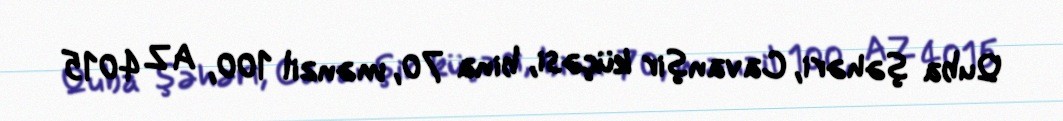
Quba şəhəri, Cavanşir küçəsi, bina 70, mənzil 100, AZ 4015